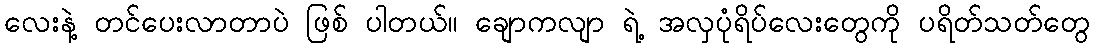
လေးနဲ့ တင်ပေးလာတာပဲ ဖြစ် ပါတယ်၊၊ ချောကလျာ ရဲ့ အလှပုံရိပ်လေးတွေကို ပရိတ်သတ်တွေ